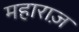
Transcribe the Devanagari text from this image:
महाराज़